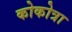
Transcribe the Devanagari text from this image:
कोकोत्रा